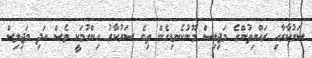
ސަރުކާރާއި ރައްޔިތުންގެ މަޖިލިސް މޫނުކެނޑިގެން ތިބެ ސަރުކާރު ހިންގުމަކީ ވެސް އަދި މަޖިލިސް